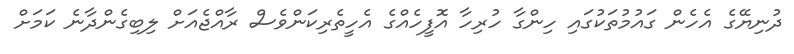
ދުނިޔޭގެ އެހެން ގައުމުތަކުގައި ހިންގާ ހުރިހާ އޮފީހެއްގެ އެހީތެރިކަންވެސް ރާއްޖެއަށް ލިބިގެންދާނެ ކަމަށް